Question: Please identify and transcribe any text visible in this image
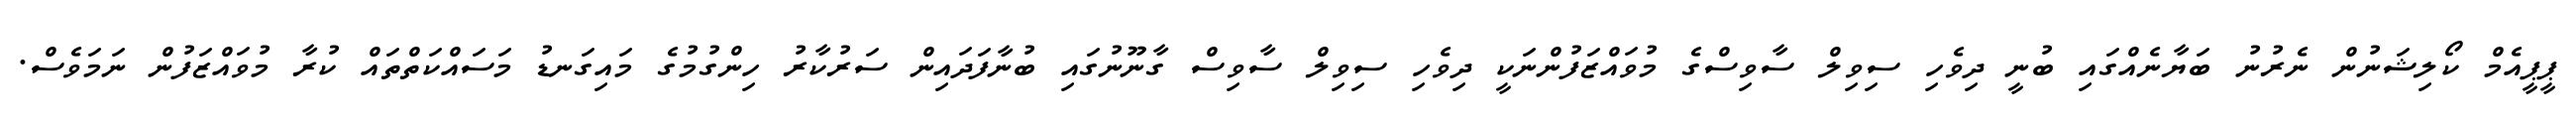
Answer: ޕީޕީއެމް ކޯލިޝަނުން ނެރުނު ބަޔާނެއްގައި ބުނީ ދިވެހި ސިވިލް ސާވިސްގެ މުވައްޒަފުންނަކީ ދިވެހި ސިވިލް ސާވިސް ގާނޫނުގައި ބުނާފަދައިން ސަރުކާރު ހިންގުމުގެ މައިގަނޑު މަސައްކަތްތައް ކުރާ މުވައްޒަފުން ނަމަވެސް.